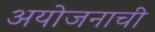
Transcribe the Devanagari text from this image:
अयोजनाची